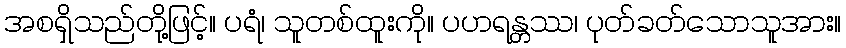
အစရှိသည်တို့ဖြင့်။ ပရံ၊ သူတစ်ထူးကို။ ပဟရန္တဿ၊ ပုတ်ခတ်သောသူအား။